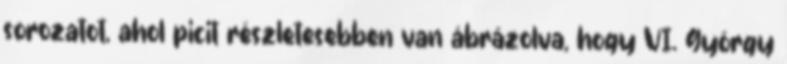
sorozatot, ahol picit részletesebben van ábrázolva, hogy VI. György